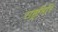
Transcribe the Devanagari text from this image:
राष्ट्रलिपि